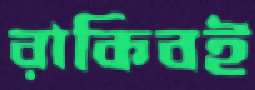
রাকিবই